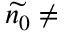
\widetilde { n _ { 0 } } \neq